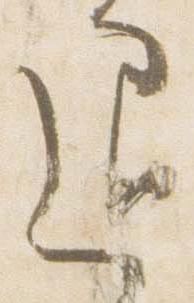
退